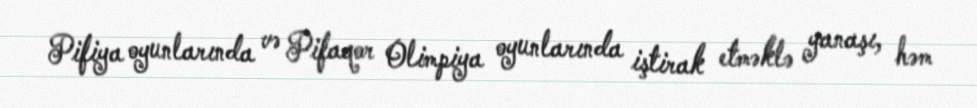
Pifiya oyunlarında və Pifaqor Olimpiya oyunlarında iştirak etməklə yanaşı, həm